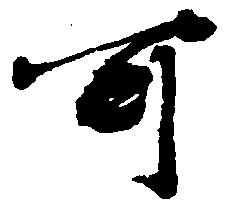
可